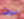
سوف